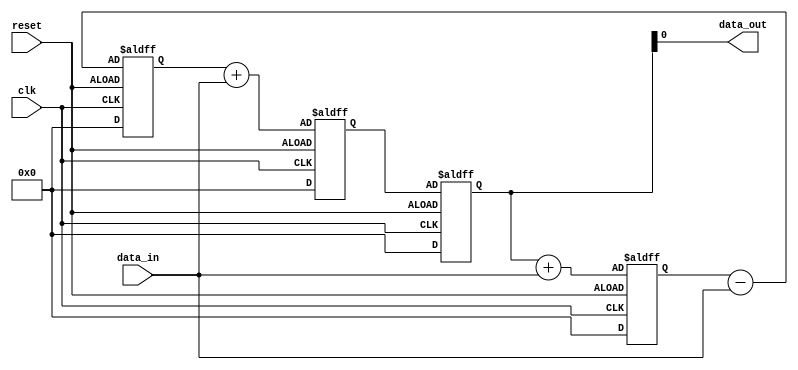
module Pipeline_accumulator(
    input wire clk,
    input wire reset,
    input wire data_in,
    output wire data_out
);

reg [31:0] accumulator;
reg [31:0] block_result1, block_result2, block_result3;

// Arithmetic block 1
always @(posedge clk or negedge reset) begin
    if (reset) begin
        block_result1 <= 0;
    end else begin
        block_result1 <= accumulator + data_in;
    end
end

// Arithmetic block 2
always @(posedge clk or negedge reset) begin
    if (reset) begin
        block_result2 <= 0;
    end else begin
        block_result2 <= block_result1 - data_in;
    end
end

// Arithmetic block 3
always @(posedge clk or negedge reset) begin
    if (reset) begin
        block_result3 <= 0;
    end else begin
        block_result3 <= block_result2 + data_in;
    end
end

// Accumulator
always @(posedge clk or negedge reset) begin
    if (reset) begin
        accumulator <= 0;
    end else begin
        accumulator <= block_result3;
    end
end

assign data_out = accumulator;

endmodule